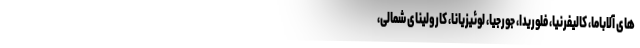
های آلاباما، کالیفرنیا، فلوریدا، جورجیا، لوئیزیانا، کارولینای شمالی،